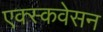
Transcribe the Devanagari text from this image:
एक्स्कवेसन